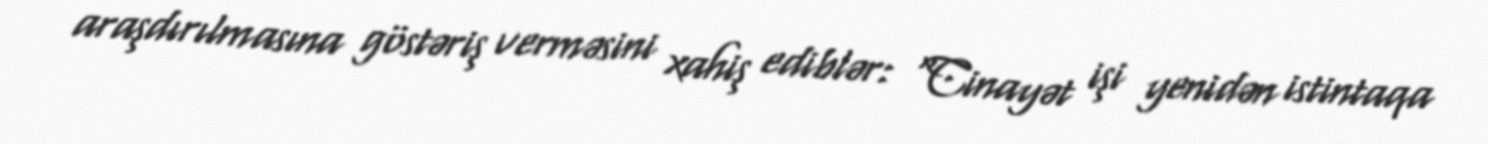
araşdırılmasına göstəriş verməsini xahiş ediblər: “Cinayət işi yenidən istintaqa